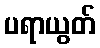
ပရာယွတ်